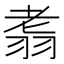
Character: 䎝